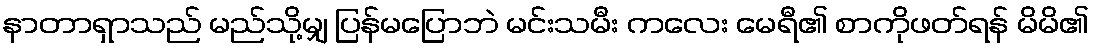
နာတာရှာသည် မည်သို့မျှ ပြန်မပြောဘဲ မင်းသမီး ကလေး မေရီ၏ စာကိုဖတ်ရန် မိမိ၏